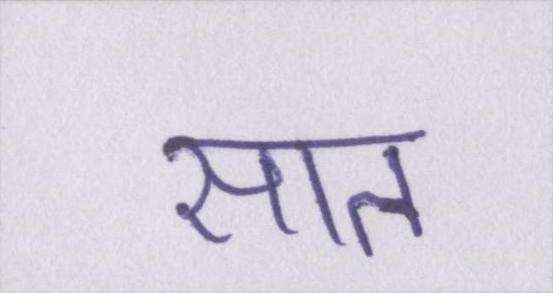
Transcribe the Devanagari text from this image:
सात